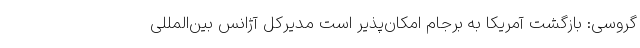
گروسی: بازگشت آمریکا به برجام امکان‌پذیر است مدیرکل آژانس بین‌المللی